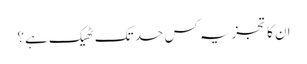
ان کا تجزیہ کس حد تک ٹھیک ہے؟